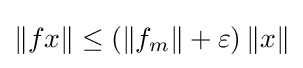
\|fx\|\leq \left(\left\|f_{m}\right\|+\varepsilon \right)\|x\|